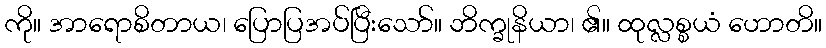
ကို။ အာရောစိတာယ၊ ပြောပြအပ်ပြီးသော်။ ဘိက္ခုနိယာ၊ ၏။ ထုလ္လစ္စယံ ဟောတိ။